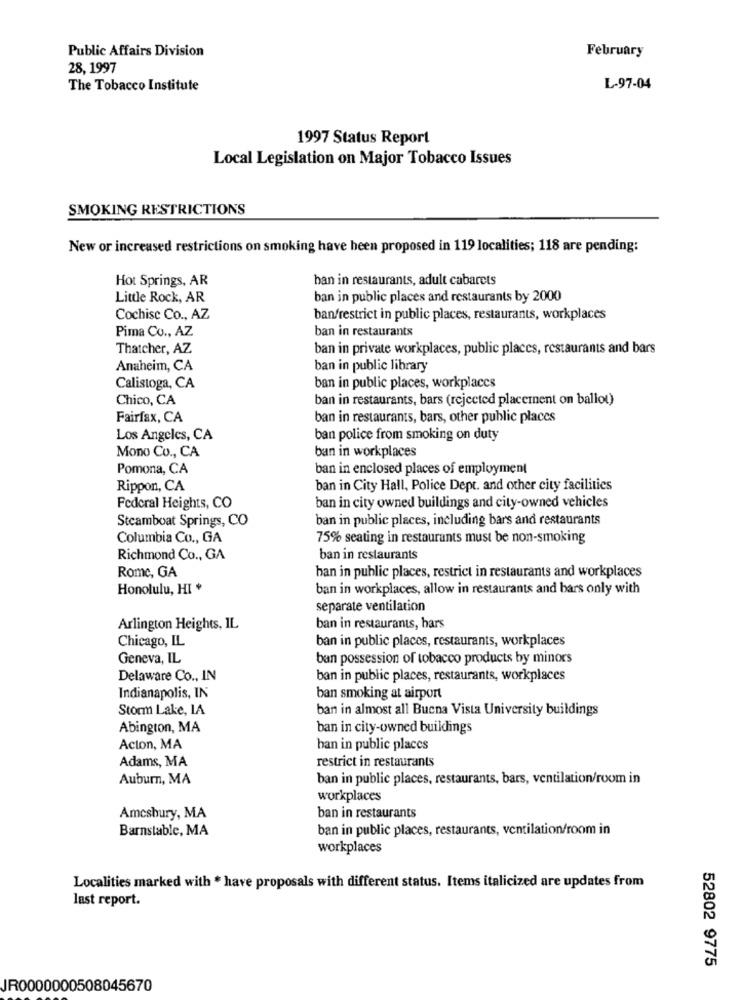
Public Affairs Division
February
28, 1997
The Tobacco Institute
L-97-04
1997 Status Report
Local Legislation on Major Tobacco Issues
SMOKING RESTRICTIONS
New or increased restrictions on smoking have been proposed in 119 localities; 118 are pending:
Hot Springs, AR
ban in restaurants, adult cabarets
Little Rock, AR
ban in public places and restaurants by 2000
Cochise Co ., AZ
banfrestrict in public places, restaurants, workplaces
Pima Co ., AZ
ban in restaurants
Thatcher, AZ
ban in private workplaces, public places, restaurants and bars
Anaheim, CA
ban in public library
Calistoga, CA
ban in public places, workplaces
Chico, CA
ban in restaurants, bars (rejected placement on ballot)
Fairfax, CA
ban in restaurants, bars, other public places
Los Angeles, CA
ban police from smoking on duty
Mono Co ., CA
ban in workplaces
Pomona, CA
ban in enclosed places of employment
Rippon, CA
ban in City Hall, Police Dept. and other city facilities
Federal Heights, CO
ban in city owned buildings and city-owned vehicles
Steamboat Springs, CO
ban in public places, including bars and restaurants
Columbia Co ., GA
75% seating in restaurants must be non-smoking
Richmond Co ., GA
ban in restaurants
Rome, GA
han in public places, restrict in restaurants and workplaces
Honolulu, HI +
ban in workplaces, allow in restaurants and bars only with
separate ventilation
Arlington Heights, IL
ban in restaurants, bars
Chicago, IL
ban in public places, restaurants, workplaces
Geneva, IL
ban possession of tobacco products by minors
Delaware Co ., IN
ban in public places, restaurants, workplaces
Indianapolis, IN
ban smoking at airport
Storm Lake, LA
ban in almost all Buena Vista University buildings
Abington, MA
ban in city-owned buildings
Acton, MA
han in public places
Adams, MA
restrict in restaurants
Auburn, MA
ban in public places, restaurants, bars, ventilation/room in
workplaces
Amesbury, MA
ban in restaurants
Barnstable, MA
ban in public places, restaurants, ventilation/room in
workplaces
Localities marked with * have proposals with different status. Items italicized are updates from
last report.
52802 9775
JR0000000508045670